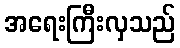
အရေးကြီးလှသည်